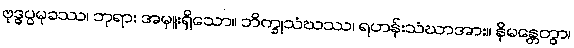
ဗုဒ္ဓပ္ပမုခဿ၊ ဘုရား အမှူးရှိသော။ ဘိက္ခုသံဃဿ၊ ရဟန်းသံဃာအား။ နိမန္တေတွာ၊